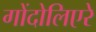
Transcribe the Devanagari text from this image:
गोंदोलिएरे